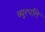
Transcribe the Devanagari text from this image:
व्युत्त्पत्ति